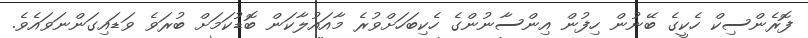
ފޮރެންސިކް ހެކީގެ ބޭނުން ހިފުން އިންސާނުންގެ ހެކިބަހަށްވުރެ މާއައުލާކަން ބޮޑުކަމަށް ބުރަވެ ވަޑައިގަންނަވައެވެ.